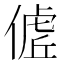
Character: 𬿖